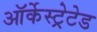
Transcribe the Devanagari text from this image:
ऑर्केस्ट्रेटेड